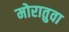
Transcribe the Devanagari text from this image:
मोरातुवा